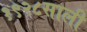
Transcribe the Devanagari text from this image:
१९२८साली